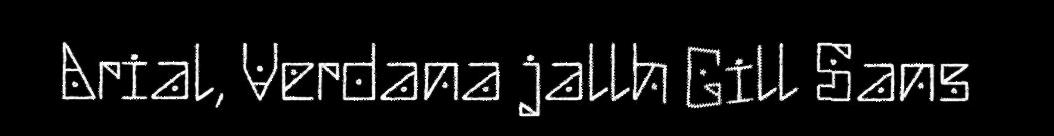
Arial, Verdana jallh Gill Sans